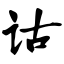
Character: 诂